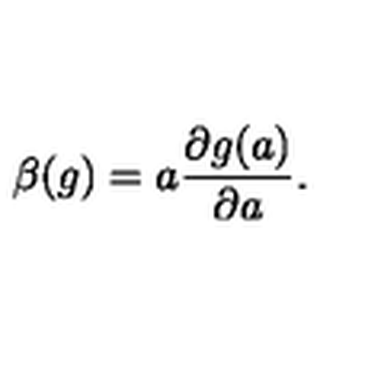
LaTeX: \beta ( g ) = a \frac { \partial g ( a ) } { \partial a } .